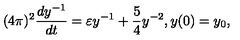
( 4 \pi ) ^ { 2 } \frac { d y ^ { - 1 } } { d t } = \varepsilon y ^ { - 1 } + \frac { 5 } { 4 } y ^ { - 2 } , y ( 0 ) = y _ { 0 } ,